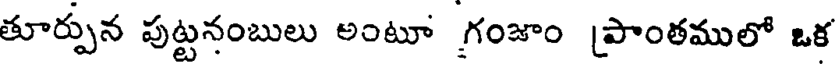
తూర్పున పుట్టనంబులు అంటూ గంజాం [పాంతములో ఒక